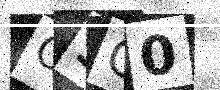
Text: O3O0